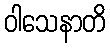
ဝါသေနာတိ